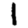
Digit: 1